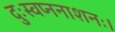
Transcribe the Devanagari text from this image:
दुःस्वप्ननाशनः।